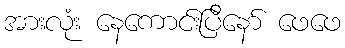
အားလုံး နေကောင်းပြီနော် ဖေဖေ